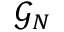
\mathcal { G } _ { N }